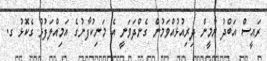
ރައީސް އަބްދު ޔާމީން ދިރިއުޅުއްވަމުން ގެންދަވަނީ އެ މަނިކުފާނުގެ އަމިއްލަފުޅު ގެކޮޅު ގ.